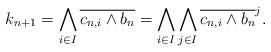
LaTeX: \begin{align*} k_{n+1}=\bigwedge_{i\in I} \overline{c_{n,i}\wedge b_n}=\bigwedge_{i\in I}\bigwedge_{j\in I} \overline{c_{n,i}\wedge b_n}^j. \end{align*}